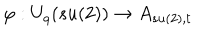
\varphi : U _ { q } ( s u ( 2 ) ) \rightarrow A _ { s u ( 2 ) , t }